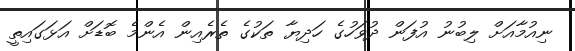
ނިއުމާއަށް ލިބުނު އުފަން ދުވަހުގެ ހަދިޔާ ތަކުގެ ތެރެއިން އެންމެ ބޮޑަށް އަޅަގައިތީ